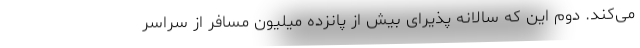
می‌کند. دوم این که سالانه پذیرای بیش از پانزده میلیون مسافر از سراسر